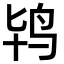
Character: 鸨